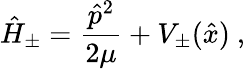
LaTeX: \hat{H}_{\pm}=\frac{\hat{p}^{2}}{2\mu}+V_{\pm}(\hat{x})\ ,